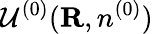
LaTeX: {\cal U}^{(0)}({\mathbf R},n^{(0)})